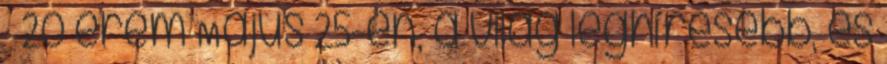
– 20 érem Május 25-én, a világ leghíresebb, és